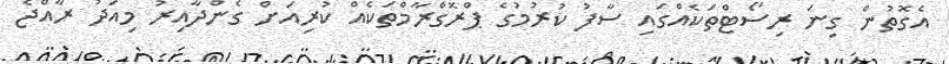
އެގޮތުން ގިނަ ރިސޯޓްތަކެއްގައި ސާފު ކުރުމުގެ ޕްރޮގްރާމްތަކެއް ކުރިއަށް ގެންދާއިރު މިއަދު ރާއްޖެ